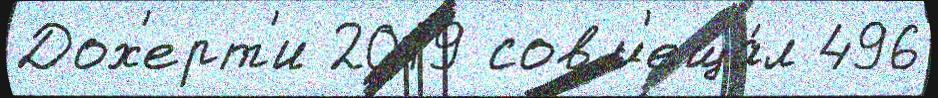
Дох'ерт'и 2019 совм'еща́л 496